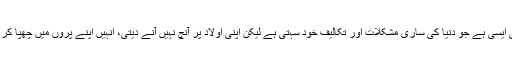
ماں ہستی ہی ایسی ہے جو دنیا کی ساری مشکلات اور تکالیف خود سہتی ہے لیکن اپنی اولاد پر آنچ نہیں آنے دیتی، انہیں اپنے پروں میں چھپا کر رکھتی ہے۔